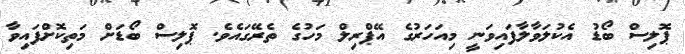
ޕޮލިސް ބޯޑު އެކުލަވާލާފައިވަނީ މިއަހަރުގެ އޭޕްރިލް މަހުގެ ތެރޭގައެވެ. ޕޮލިސް ބޯޑަށް މަތިކޮށްފައިވާ